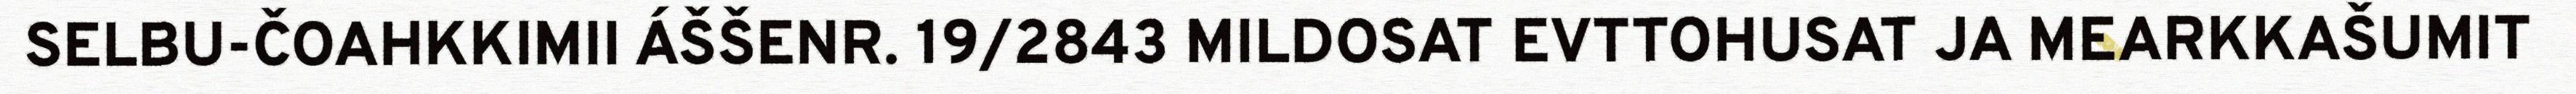
SELBU-ČOAHKKIMII ÁŠŠENR. 19/2843 MILDOSAT EVTTOHUSAT JA MEARKKAŠUMIT